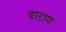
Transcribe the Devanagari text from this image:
बलाग